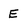
Character: E